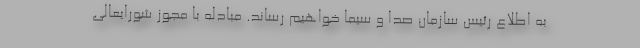
به اطلاع رئیس سازمان صدا و سیما خواهیم رساند. مبادله با مجوز شورایعالی